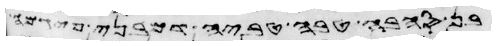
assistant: בין הבהמה הטהרה לטמאה ובין העוף